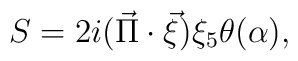
S = 2i(\vec{\Pi}\cdot \vec{\xi})\xi _{5}\theta (\alpha ),